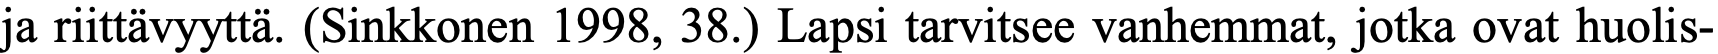
ja riittävyyttä. (Sinkkonen 1998, 38.) Lapsi tarvitsee vanhemmat, jotka ovat huolis-